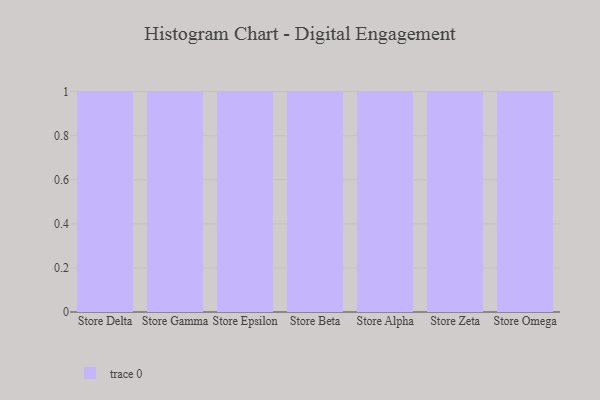
{"axis": {"x": "Store", "y": "Energy Usage (MWh)"}, "legend": [""], "data": [{"x": "Store Delta", "y": 40, "type": ""}, {"x": "Store Gamma", "y": 100, "type": ""}, {"x": "Store Epsilon", "y": 39, "type": ""}, {"x": "Store Beta", "y": 43, "type": ""}, {"x": "Store Alpha", "y": 37, "type": ""}, {"x": "Store Zeta", "y": 82, "type": ""}, {"x": "Store Omega", "y": 51, "type": ""}]}